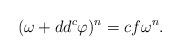
LaTeX: \begin{align*}(\omega + dd^c \varphi)^n = c f \omega^n.\end{align*}